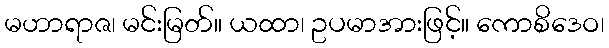
မဟာရာဇ၊ မင်းမြတ်။ ယထာ၊ ဥပမာအားဖြင့်။ ကောစိဒေဝ၊